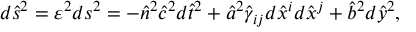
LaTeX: d \hat { s } ^ { 2 } = \varepsilon ^ { 2 } d s ^ { 2 } = - \hat { n } ^ { 2 } \hat { c } ^ { 2 } d \hat { t } ^ { 2 } + \hat { a } ^ { 2 } \hat { \gamma } _ { i j } d \hat { x } ^ { i } d \hat { x } ^ { j } + \hat { b } ^ { 2 } d \hat { y } ^ { 2 } ,